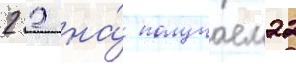
2 2 на́ получаем22